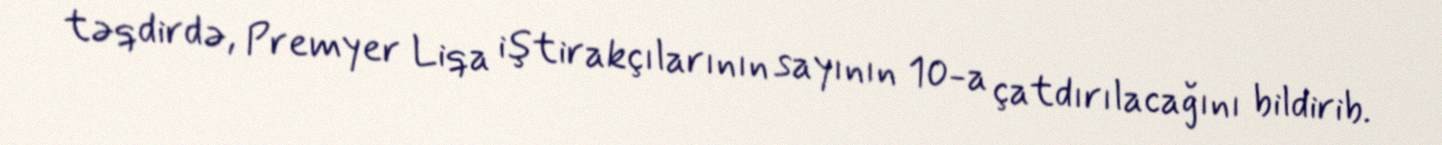
təqdirdə, Premyer Liqa iştirakçılarının sayının 10-a çatdırılacağını bildirib.